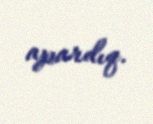
apardıq.